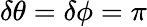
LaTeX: \delta\theta=\delta\phi=\pi